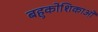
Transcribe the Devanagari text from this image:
बहुकोशिकाओं